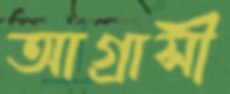
আগ্রাসী